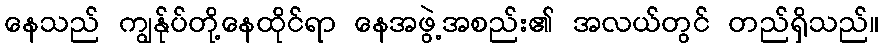
နေသည် ကျွန်ုပ်တို့နေထိုင်ရာ နေအဖွဲ့အစည်း၏ အလယ်တွင် တည်ရှိသည်။